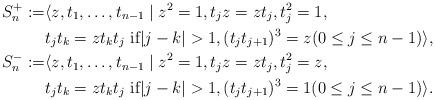
LaTeX: \begin{align*}S^+_n:=&\langle z,t_1,\dots,t_{n-1}\mid z^2=1, t_jz=zt_j, t_j^2=1,\\&t_jt_k=zt_kt_j\text{ if}|j-k|>1,(t_jt_{j+1})^3=z(0\leq j\leq n-1)\rangle,\\S^-_n:=&\langle z,t_1,\dots,t_{n-1}\mid z^2=1, t_jz=zt_j, t_j^2=z,\\&t_jt_k=zt_kt_j\text{ if}|j-k|>1,(t_jt_{j+1})^3=1(0\leq j\leq n-1)\rangle.\end{align*}